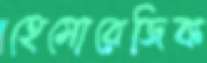
হেমোরেজিক